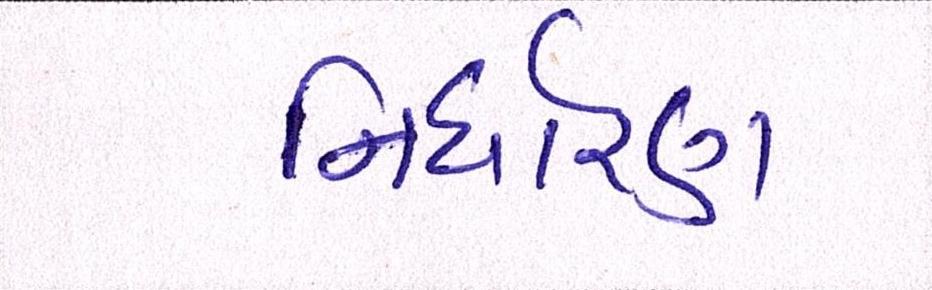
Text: નિર્ધારણ